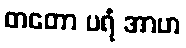
တတော ပရံ အာဟ